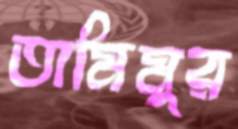
তামিমুর